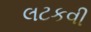
લટકવી